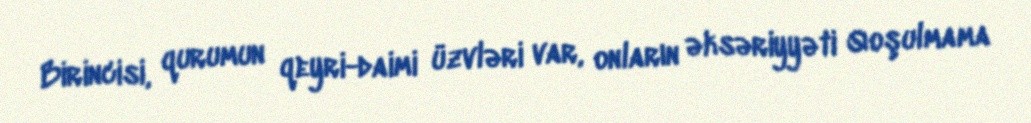
Birincisi, qurumun qeyri-daimi üzvləri var, onların əksəriyyəti Qoşulmama